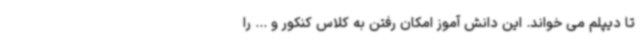
تا دیپلم می خواند. این دانش آموز امکان رفتن به کلاس کنکور و ... را